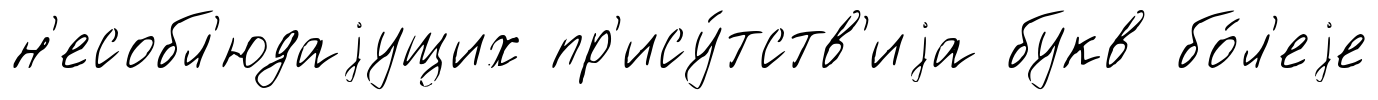
н'есобл'юдаjущих пр'ису́тств'иjа букв бо́л'еjе